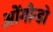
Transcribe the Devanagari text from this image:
ओंगोन्डो